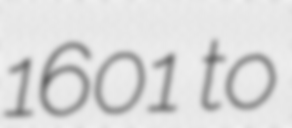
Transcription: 1601 to